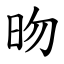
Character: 昒